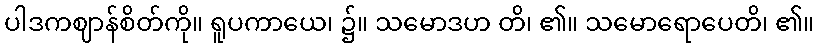
ပါဒကဈာန်စိတ်ကို။ ရူပကာယေ၊ ၌။ သမောဒဟ တိ၊ ၏။ သမောရောပေတိ၊ ၏။